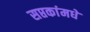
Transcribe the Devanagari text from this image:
सप्तकांमधे